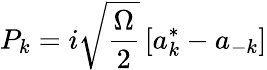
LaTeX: P_{k}=i\sqrt{\frac\Omega 2}\left[a_{k}^{*}-a_{-k}\right]